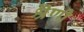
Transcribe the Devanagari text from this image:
श्रॆणी